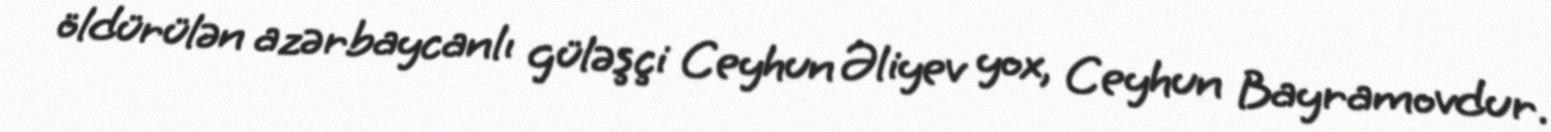
öldürülən azərbaycanlı güləşçi Ceyhun Əliyev yox, Ceyhun Bayramovdur.